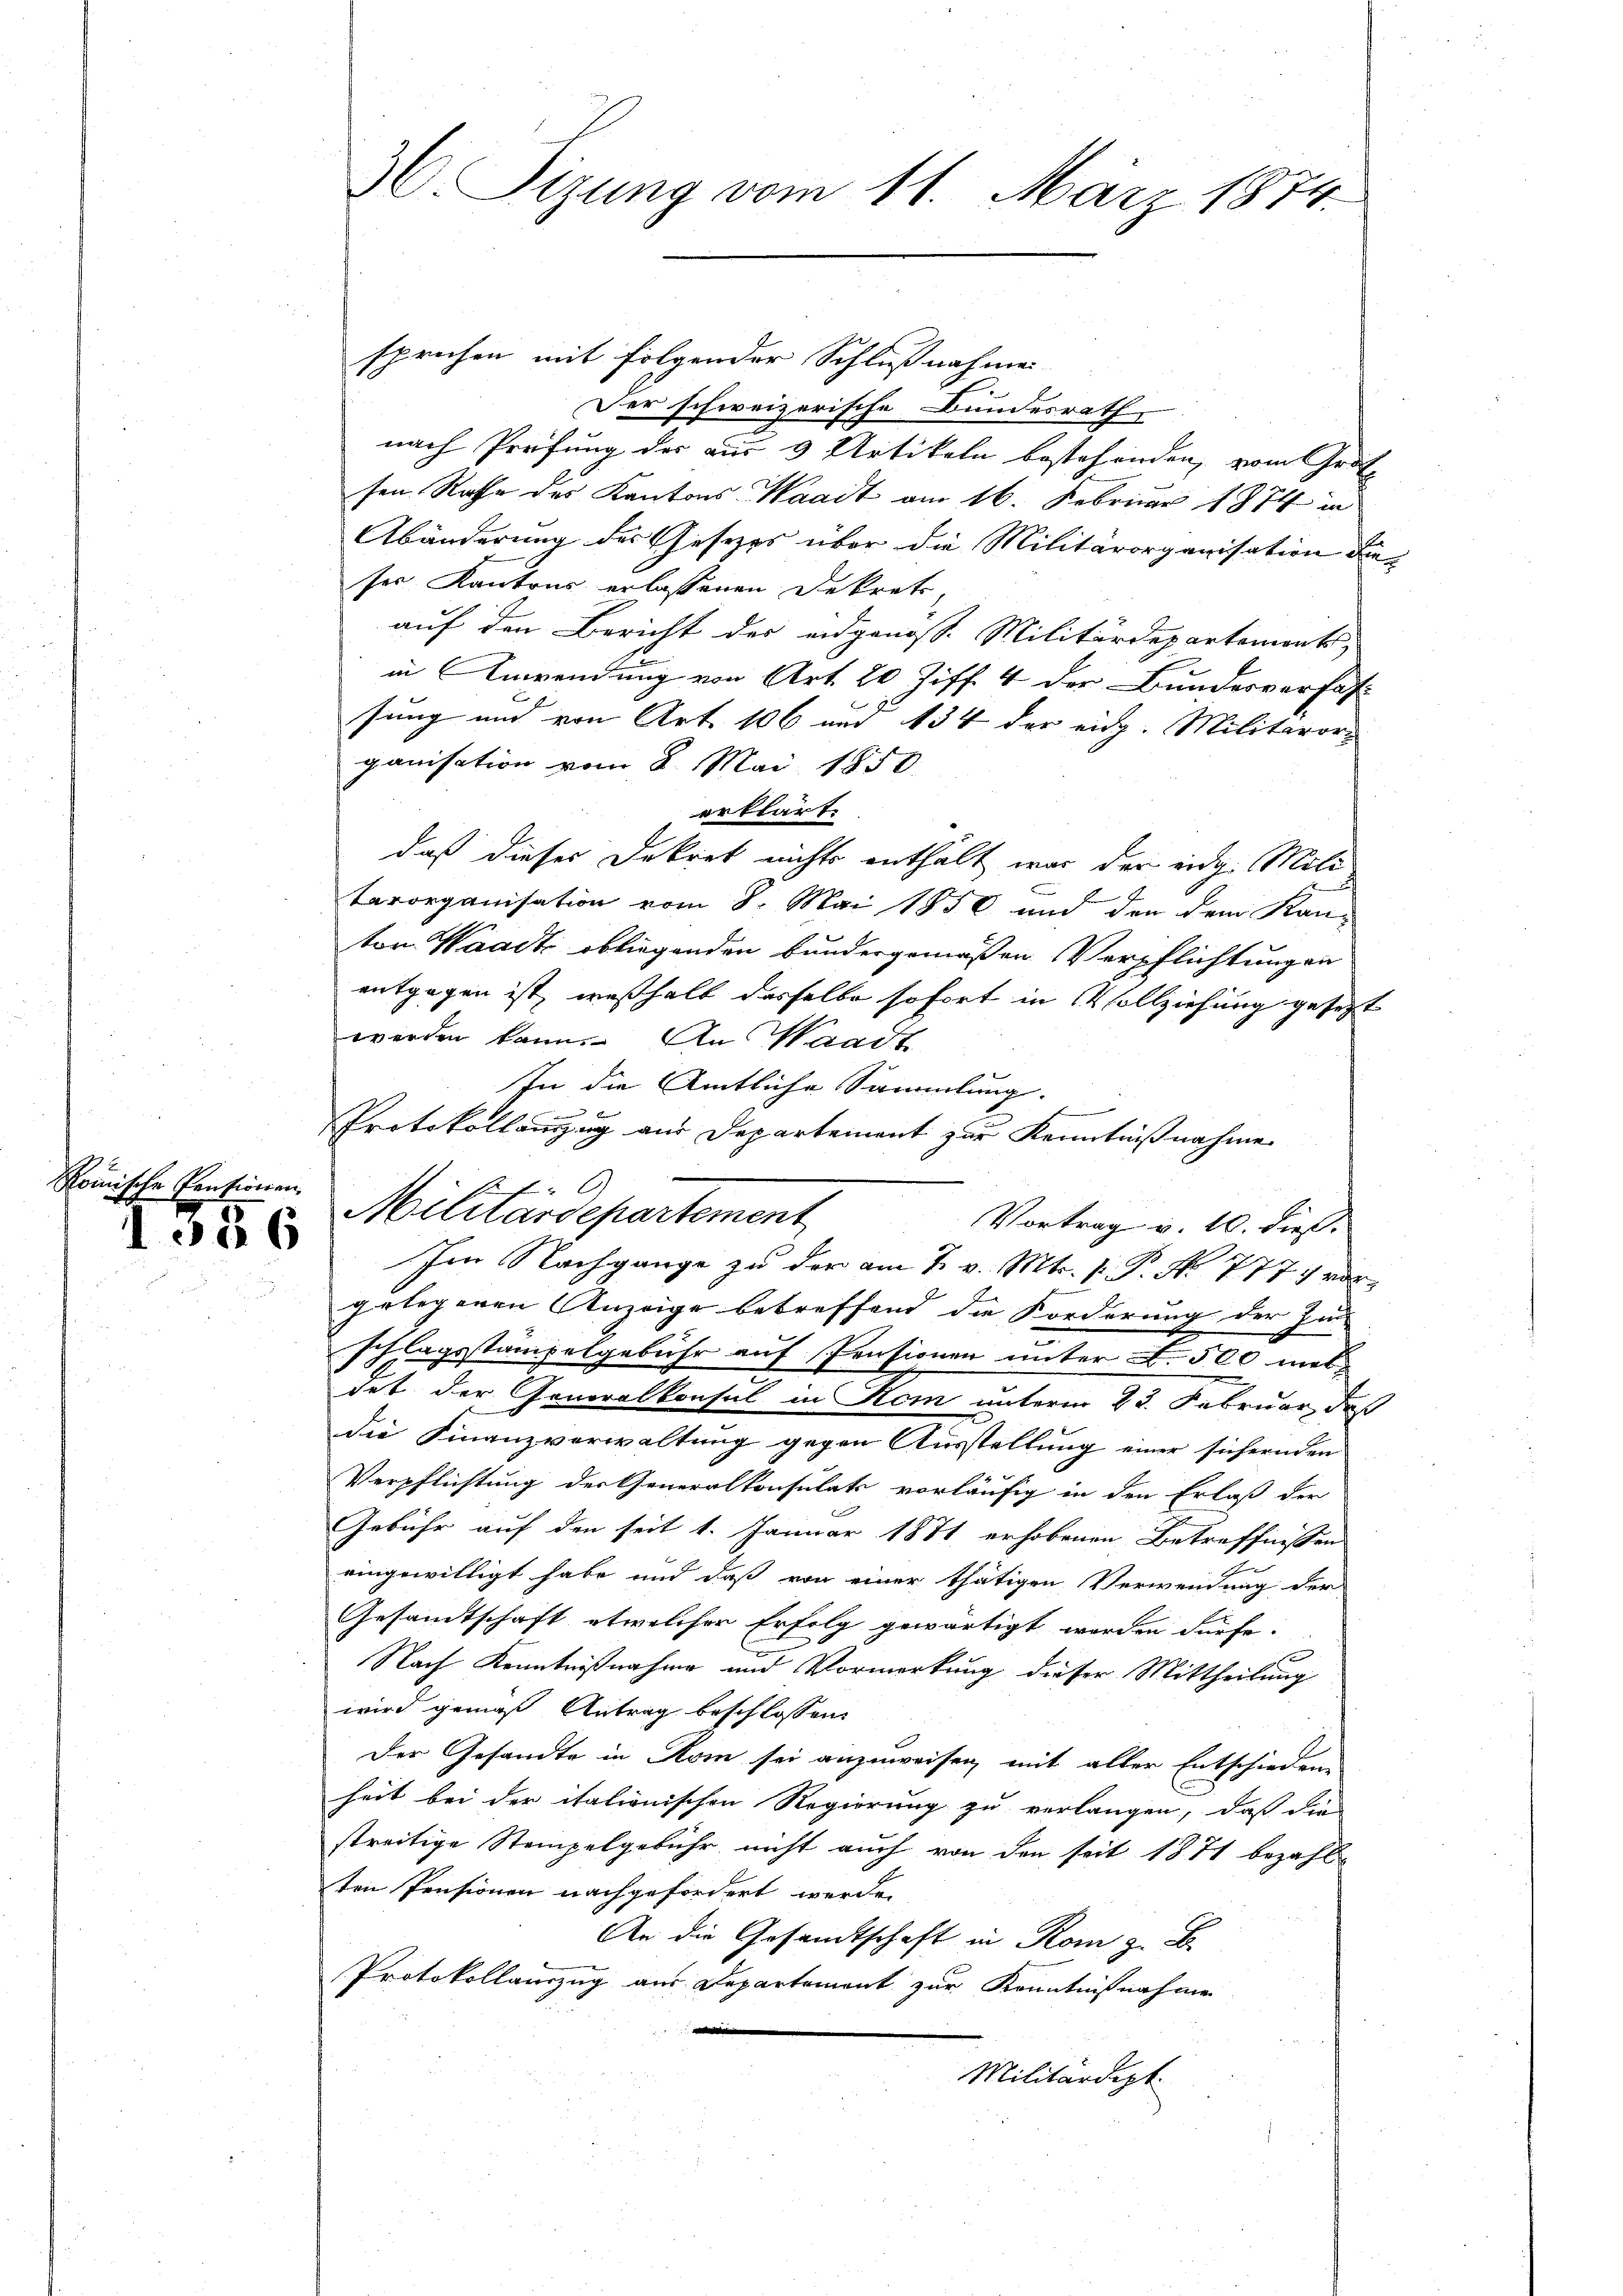
Romische Pensionen,
1526

sprichen mit folgender Schlußnahmen
Der schweizerische Bundesrath
nach Prüfung des aus 3 Artikeln bestehenden, vom Grot
sen Rathe des Kantons Waadt am 16. Februar 1874 in
Abänderung des Gesezes über die Militärorganisation dieser Kantons erlassenen Dekrete
auf den Bericht der eidgenosse Militärdepartement,
in Anwendung von Art. 20 Ziff. 4 der Bundesverfass
sung und von Art. 106 n 134 der eidg. Militärorg
ganisation vom 8. Mai 1850
erklärt.
daß dieses Dekret nichts enthält war der eidg. Mili
Tarorganisation vom 8. Mai 1850 und den dem Kan-
ton Waadt obliegenden Bundergemäßen Verpflichtungen
entgegen ist, weßhalb dasselbe sofort in Vollziehung gesetzt
werden kann. An Waadt
In die Amtliche Sammlung.
E
Protokollanzug aus Departement zur Kenntnißnahme
Vortrag v. 10. dieß.
Im Nachgange zu der am 2. v. Mts. p. P. Nr. 777 vor
gelegenen Anzeige betreffend die Forderung der In
schlagsstampelgebühr auf Pensionen unter N. 500 mitdet der Generalkonsul in Rom unterm 23. Februar, daß
die Finanzverwaltung gegen Ausstellung einer sichernden
Verpflichtung der Generalkonsulats vorläufig in den Erlaß der
Gebühr auf den seit 1. Januar 1871 erhobenen Betreffnissen
eingewilligt habe und daß von einer thätigen Verwendung der
Gesamtschaft etwelcher Erfolg gewärtigt worden dürfe.
Nach Kenntnißnahme und Vormerkung dieser Mittheilung
wird gemäß Antrag beschlossen:
Der Gesandte in Rom sei anzuweisen, mit aller Entschieden-
heit bei der italienischen Regierung zu verlangen, daß die
streitige Stempelgebühr nicht auch von den seit 1871 bezahl
ten Pensionen nachgefordert werde.
An die Gesandtschaft in Rom z. B.
Protokollanzug aus Departement zur Kenntnißnahme
e
Militärdept.

36. Sizung vom 11. März 1874.

C.
Militärdepartement